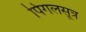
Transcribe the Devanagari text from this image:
पिंगलसूत्र